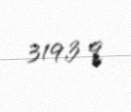
319,3 q